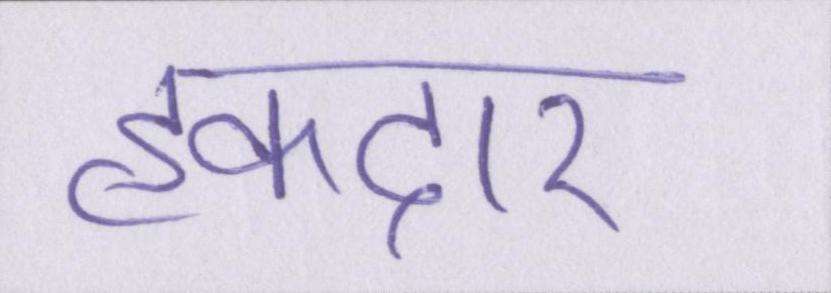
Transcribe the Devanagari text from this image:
हकदार